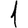
Digit: 1